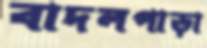
বাদলপাড়া